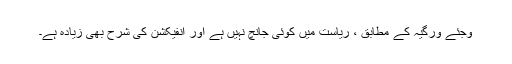
وجئے ورگیہ کے مطابق ، ریاست میں کوئی جانچ نہیں ہے اور انفیکشن کی شرح بھی زیادہ ہے۔